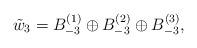
LaTeX: \begin{align*}\tilde{w}_3= B_{-3}^{(1)} \oplus B_{-3}^{(2)}\oplus B_{-3}^{(3)},\end{align*}